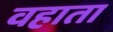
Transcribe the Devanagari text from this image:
वहाता